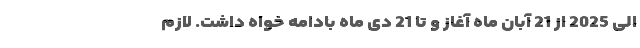
الی 2025 از 21 آبان ماه آغاز و تا 21 دی ماه بادامه خواه داشت. لازم